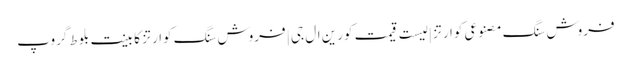
فروش سنگ مصنوعی کوارتز | لیست قیمت کورین ال جی | فروش سنگ کوارتز کابینت بلوط گروپ